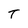
Character: T